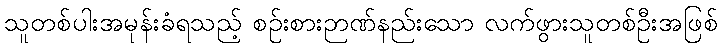
သူတစ်ပါးအမုန်းခံရသည့် စဉ်းစားဉာဏ်နည်းသော လက်ဖွားသူတစ်ဦးအဖြစ်